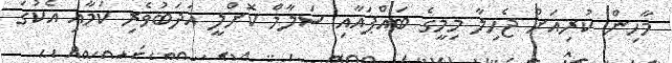
މާހިން ކުރިއަށް ޖެހިލާ މިމީގެ ބައްޕައާއި ސަލާމް ކޮށްލީ އަދަބުވެރި ކަމާއި އެކުގަ